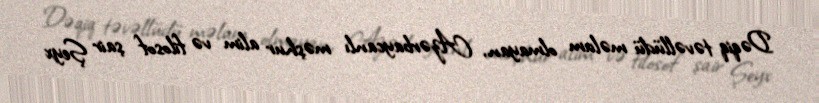
Dəqiq təvəllüdü məlum olmayan, Azərbaycanlı məşhur alim və filosof şair Şeyx